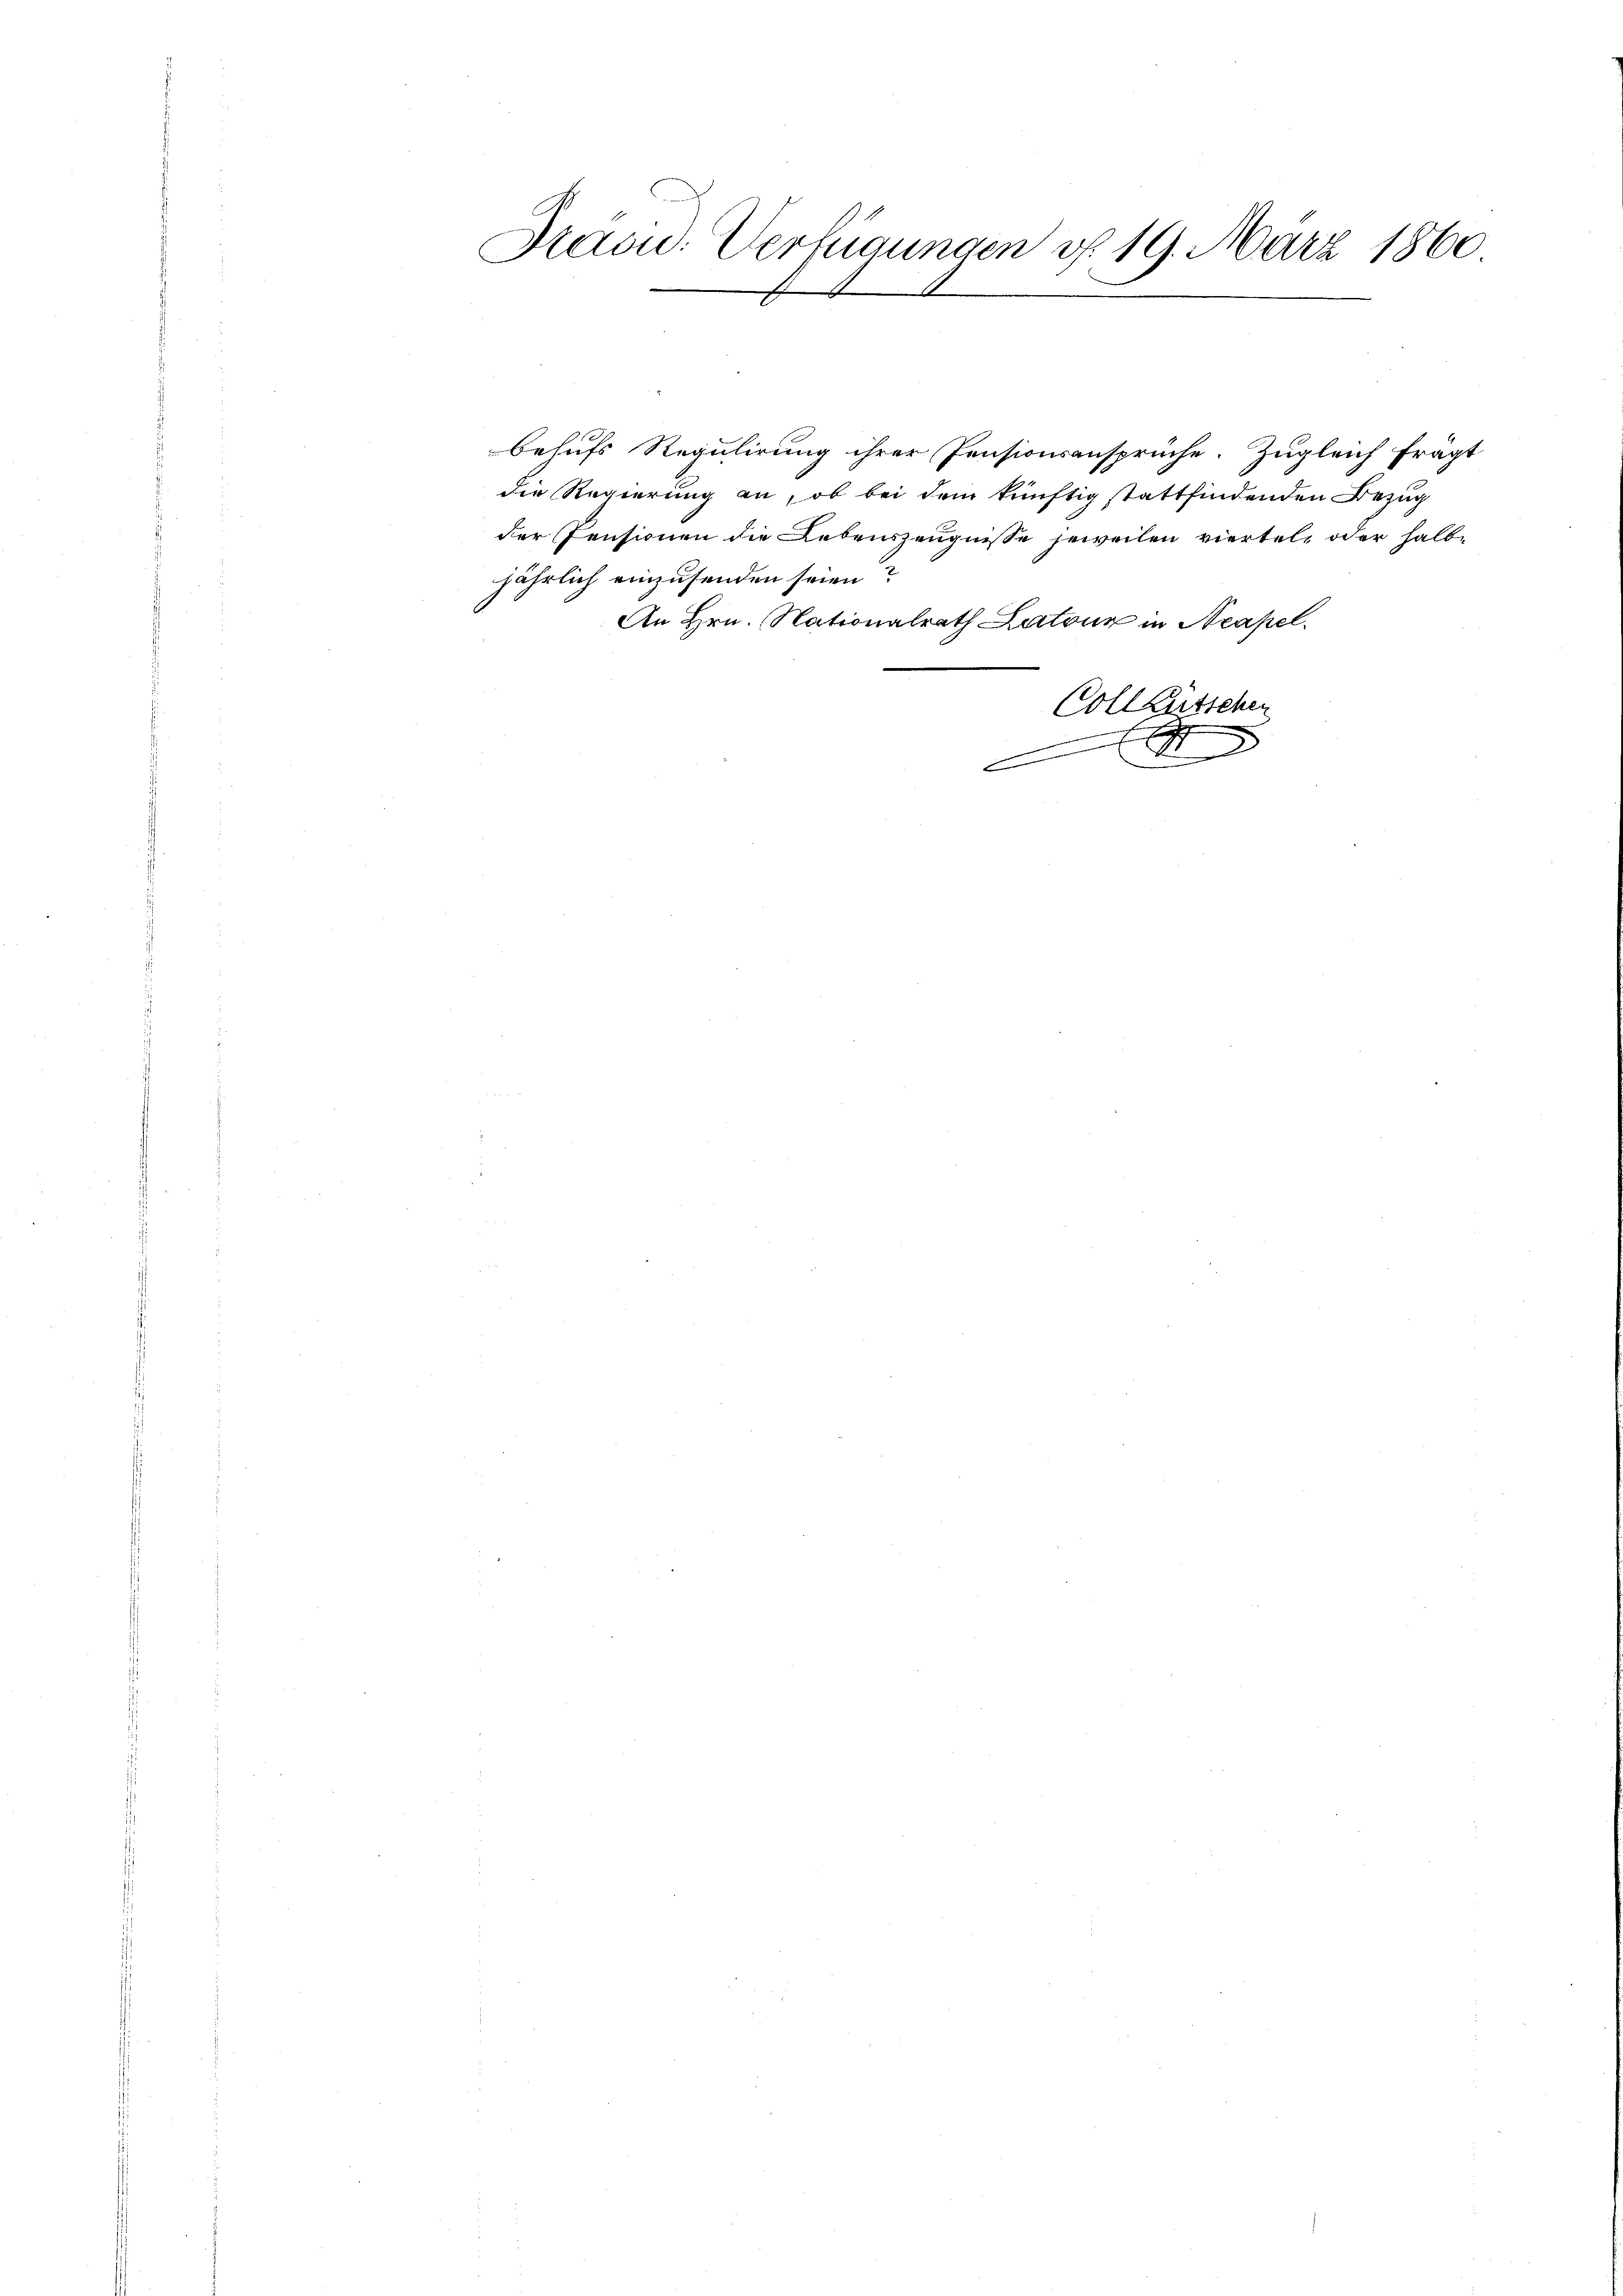
Saou: Verfügungen v. 19. März 1860.
b

behufs Regulirung ihrer Pensionsansprüche. Zugleich fragt
die Regierung an, ob bei dem künftig stattfindenden Bezug
der Pensionen die Lebenszeugnisse jeweilen viertel, oder halbe
jährlich einzusenden seien?
An Hrn. Nationalrath Latour in Neapel.
Coll Lütschen
einer einer eingenen
x
2